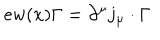
LaTeX: e w ( x ) \Gamma = \partial ^ { \mu } j _ { \mu } \cdot \Gamma